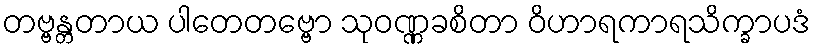
တဗ္ဗန္တတာယ ပါတေတဗ္ဗော သုဝဏ္ဏခစိတာ ဝိဟာရကာရသိက္ခာပဒံ